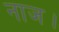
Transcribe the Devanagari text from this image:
नाज।